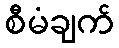
စီမံချက်